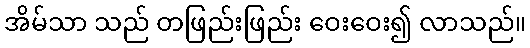
အိမ်သာ သည် တဖြည်းဖြည်း ဝေးဝေး၍ လာသည်။